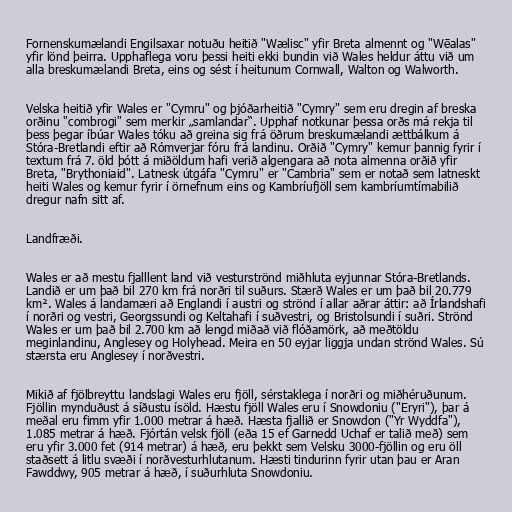
Fornenskumælandi Engilsaxar notuðu heitið "Wælisc" yfir Breta almennt og "Wēalas"
yfir lönd þeirra. Upphaflega voru þessi heiti ekki bundin við Wales heldur áttu við um
alla breskumælandi Breta, eins og sést í heitunum Cornwall, Walton og Walworth.

Velska heitið yfir Wales er "Cymru" og þjóðarheitið "Cymry" sem eru dregin af breska
orðinu "combrogi" sem merkir „samlandar“. Upphaf notkunar þessa orðs má rekja til
þess þegar íbúar Wales tóku að greina sig frá öðrum breskumælandi ættbálkum á
Stóra-Bretlandi eftir að Rómverjar fóru frá landinu. Orðið "Cymry" kemur þannig fyrir í
textum frá 7. öld þótt á miðöldum hafi verið algengara að nota almenna orðið yfir
Breta, "Brythoniaid". Latnesk útgáfa "Cymru" er "Cambria" sem er notað sem latneskt
heiti Wales og kemur fyrir í örnefnum eins og Kambríufjöll sem kambríumtímabilið
dregur nafn sitt af.

Landfræði.

Wales er að mestu fjalllent land við vesturströnd miðhluta eyjunnar Stóra-Bretlands.
Landið er um það bil 270 km frá norðri til suðurs. Stærð Wales er um það bil 20.779
km². Wales á landamæri að Englandi í austri og strönd í allar aðrar áttir: að Írlandshafi
í norðri og vestri, Georgssundi og Keltahafi í suðvestri, og Bristolsundi í suðri. Strönd
Wales er um það bil 2.700 km að lengd miðað við flóðamörk, að meðtöldu
meginlandinu, Anglesey og Holyhead. Meira en 50 eyjar liggja undan strönd Wales. Sú
stærsta eru Anglesey í norðvestri.

Mikið af fjölbreyttu landslagi Wales eru fjöll, sérstaklega í norðri og miðhéruðunum.
Fjöllin mynduðust á síðustu ísöld. Hæstu fjöll Wales eru í Snowdoniu ("Eryri"), þar á
meðal eru fimm yfir 1.000 metrar á hæð. Hæsta fjallið er Snowdon ("Yr Wyddfa"),
1.085 metrar á hæð. Fjórtán velsk fjöll (eða 15 ef Garnedd Uchaf er talið með) sem
eru yfir 3.000 fet (914 metrar) á hæð, eru þekkt sem Velsku 3000-fjöllin og eru öll
staðsett á litlu svæði í norðvesturhlutanum. Hæsti tindurinn fyrir utan þau er Aran
Fawddwy, 905 metrar á hæð, í suðurhluta Snowdoniu.